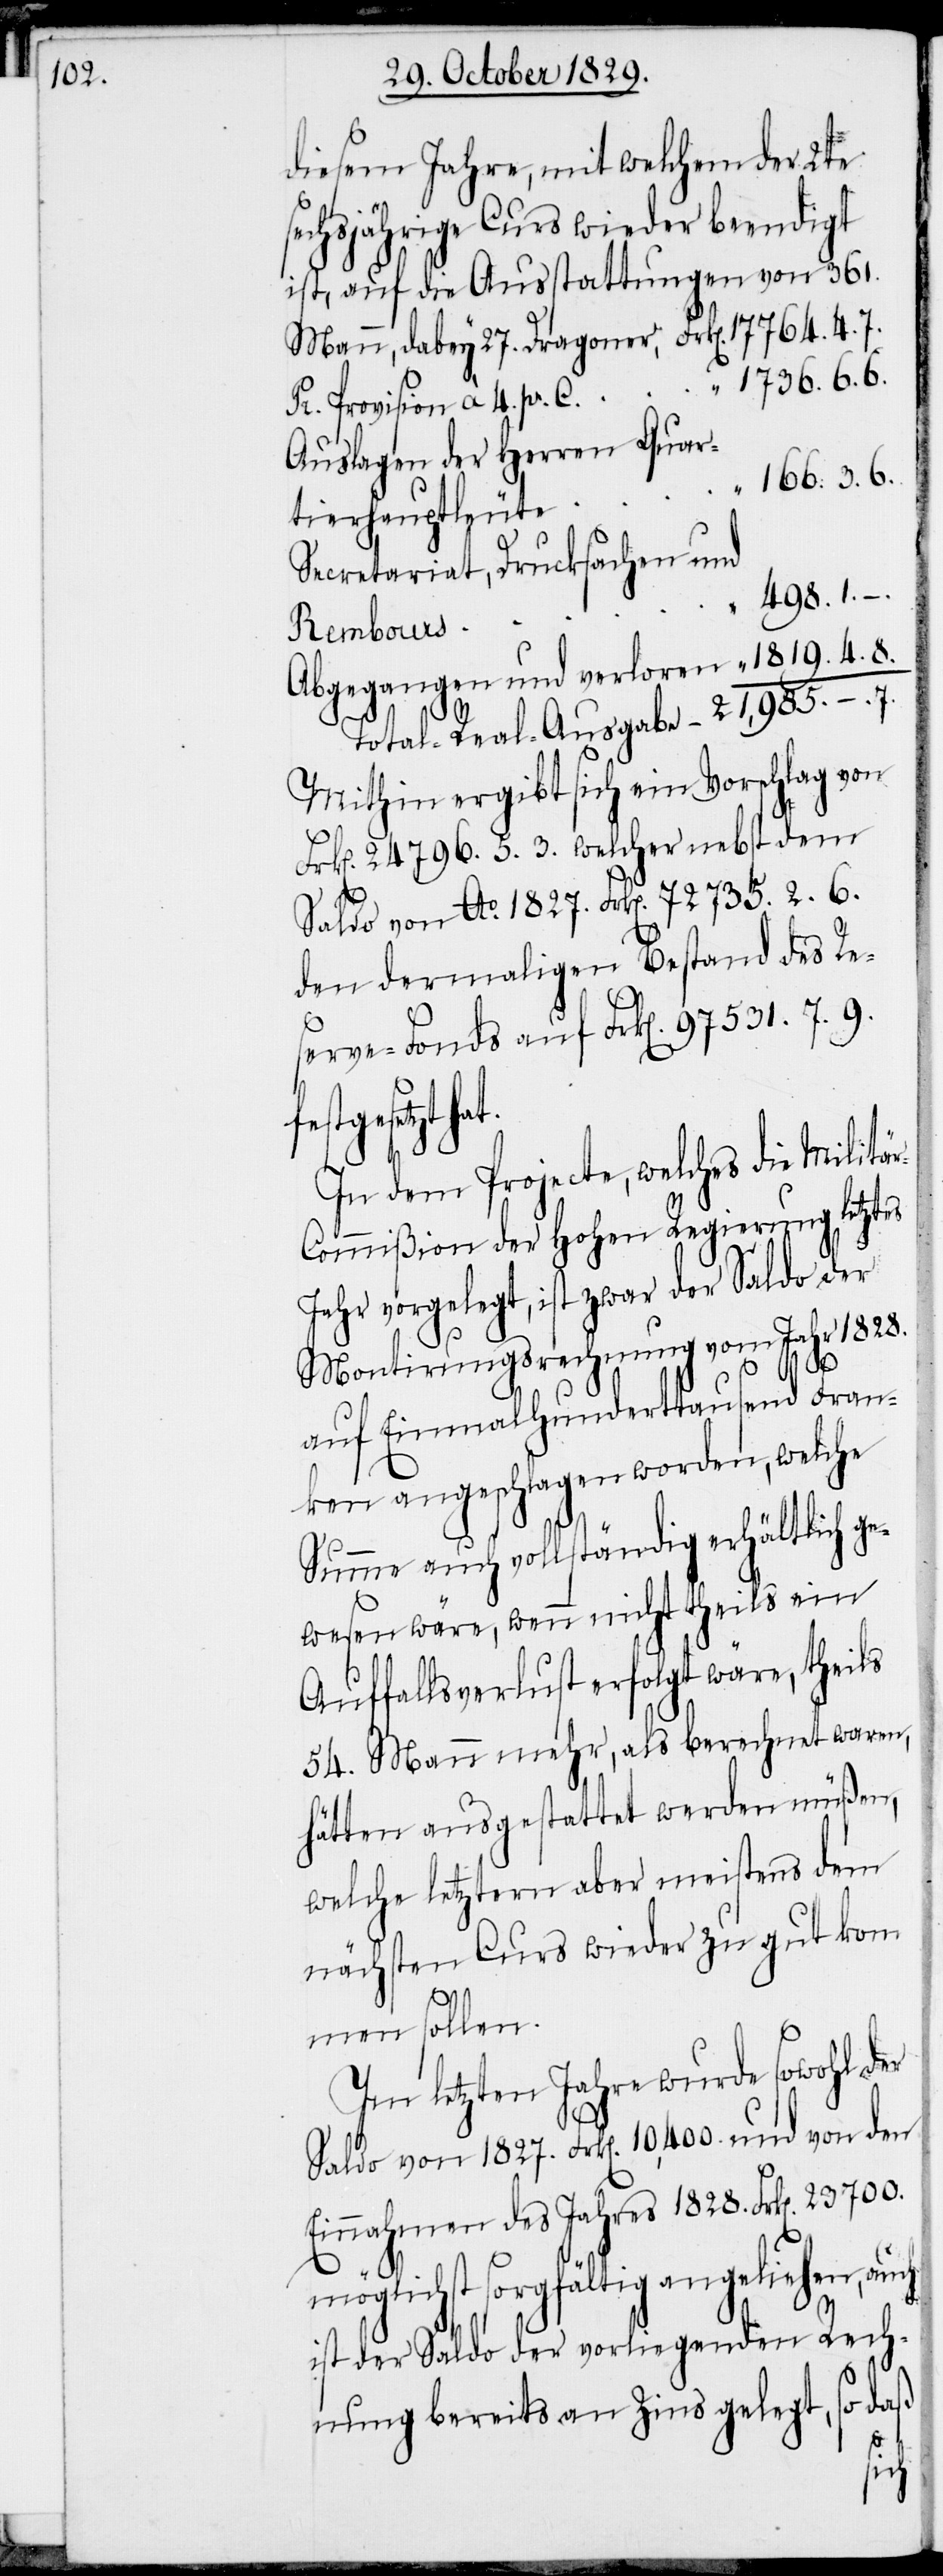
diesem Jahre, mit welchem der 2te
echsjährige Curs wieder beendigt
ist, auf die Ausstattungen von 321.
Mann, dabey 27. Dragoner, 	Frk[en]. 17764.4.7.
Pr. Provision à 4. pr. C.	 	“	 1736.6.6.
Auslagen der Herren Quar¬
166.3.6.
tierhauptleute		“
Secretariat, Drucksachen und
498.1.–.
Abgegangen und verloren 		“	 1819.4.8.
Total-Real-Ausgabe			21985.–.7.
Mithin ergibt sich ein Vorschlag von
Frk[en]. 24796.5.3. welcher nebst dem
Saldo von Ao. 1827. Frk[en]. 72735.2.6.
den dermaligen Bestand des Re¬
serve-Fonds auf Frk[en]. 97531.7.9.
festgesetzt
In dem Projecte, welches die Militä¬
r-Commißion der Hohen Regierung letztes
Jahr vorgelegt, ist zwar der Saldo der
Montirungsrechnung vom Jahr 1828.
auf Einmalhunderttausend Fran¬
ken ausgeschlagen worden, welche
Summe auch vollständig erhältlich ge¬
wesen wäre, wenn nicht theils ein
Auffallsverlust erfolgt wäre, theils
54. Mann mehr, als berechnet waren,
hätten ausgestattet werden müßen,
welche letztern aber meistens dem
nächsten Curs wieder zu gut kom¬
men sollen.
Im letzten Jahre wurde sowohl der
Saldo von 1827. Frk[en]. 10,400. und von den
Einnahmen des Jahres 1828. Frk[en]. 23700.
möglichst sorgfältig angeliehen,
ist der Saldo der vorliegenden Rech¬
nung bereits an Zins gelegt, so daß
s¬